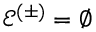
\mathcal { E } ^ { ( \pm ) } = \emptyset